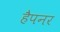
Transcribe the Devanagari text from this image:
हैपनर